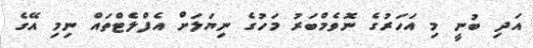
އަދި ބުނީ މި އަހަރުގެ ނޮވެމްބަރު މަހުގެ ނިޔަލަށް އެފްލެޓްތައް ނިމި އޭގެ